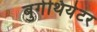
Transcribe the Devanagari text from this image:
बुर्गथियेटर